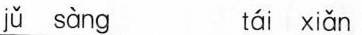
jǔ sàng tái xiǎn